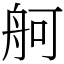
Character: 舸